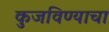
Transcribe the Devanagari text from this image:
कुजविण्याचा